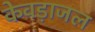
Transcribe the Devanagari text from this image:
केवड़ाजल